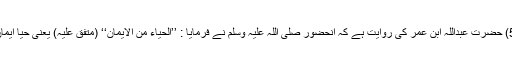
‘‘ (الاحزاب 59:33) حضرت عبداللہ ابن عمرؓ کی روایت ہے کہ آنحضور صلی اللہ علیہ وسلم نے فرمایا : ’’الحیاء من الایمان‘‘ (متفق علیہ) یعنی حیا ایمان کی ایک شاخ ہے۔